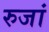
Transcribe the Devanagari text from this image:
रुजां